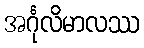
အင်္ဂုလိမာလဿ